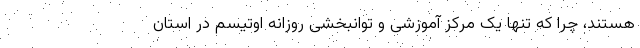
هستند، چرا که تنها یک مرکز آموزشی و توانبخشی روزانه اوتیسم در استان